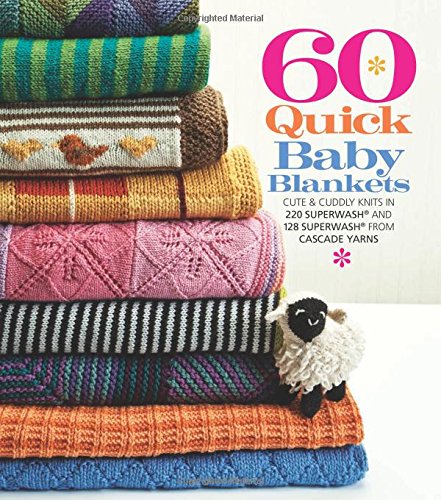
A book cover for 60 Quick Baby Blankets: Cute & Cuddly Knits in 220 SuperwashÂ® and 128 SuperwashÂ® from Cascade Yarns (60 Quick Knits Collection); Crafts, Hobbies & Home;